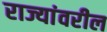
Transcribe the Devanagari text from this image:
राज्यांवरील